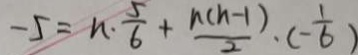
- 5 = n \cdot \frac { 5 } { 6 } + \frac { n ( n - 1 ) } { 2 } \cdot ( - \frac { 1 } { 6 } )